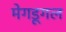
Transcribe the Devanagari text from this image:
मेगडूगल